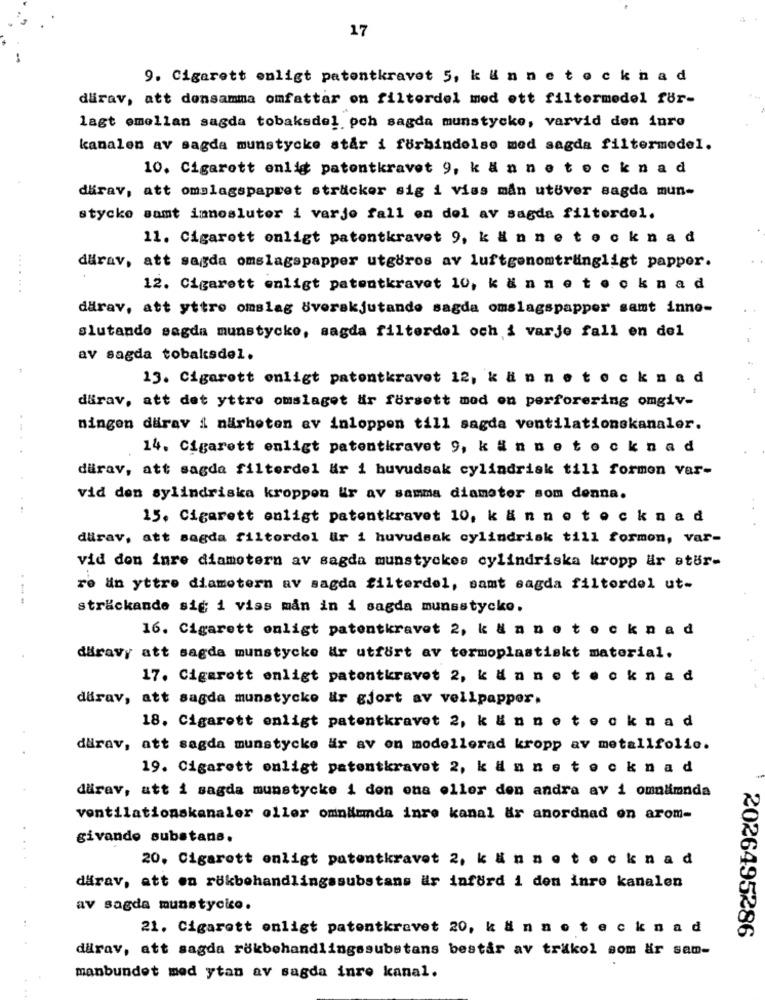
17
9. Cigarett enligt patentkravet 5, k & n neteck nad
därav, att densamma omfattar on filterdel med ett filtermedel för-
lagt emellan sagda tobaksdel och sagda munstycke, varvid den inre
kanalen av sagda munstycke står i forbindelse med sagda filtermedel.
10. Cigarett enlig patontkravet 9, kännete ck nad
därav, att omslagspapret sträcker sig i viss mån utöver sagda mun-
stycke samt immosluter i varje fall on del av sagda filterdel.
11. Cigarett onligt patentkravet 9, k & n nete ck nad
därav, att sagda omslagspapper utgöros av luftgenomträngligt papper.
.......
12. Cigarett enligt patentkravet 10, kännete ck nad
därav, att yttre omslag Sverakjutande sagda omslagspapper samt inno-
slutando sagda munstycke, sagda filterdol och i varje fall en del
av sagda tobaksdel.
13. Cigarett enligt patontkravet 12, kännete ck nad
dirav, att det yttre omslaget är försett mod on perforering omgiv-
ningen därav i närheten av inloppen till sagda ventilationskanaler.
14. Cigarett enligt patentkravet 9, kännete ck nad
dürav, att sagda filterdel är i huvudsak cylindrisk till formon var-
vid den sylindriska kroppen &r av samma diameter som denna.
15. Cigarett enligt patentkravet 10, kännete ck nad
dirav, att sagda filtordol Wir i huvudsak cylindrisk till formon, var-
vid don inre diametern av sagda munstyckes cylindriska kropp ar atur-
re an yttre diametern av sagda filterdel, samt sagda filterdel ut-
--
sträckande sig i viss mån in i sagda munsstycko.
16. Cigarett onligt patentkravet 2, k & n no teckna d
däravy att sagde munstycke är utfört av termoplastiskt material.
17. Cigarett enligt patontkravet 2, kännete ck nad
dirav, att sagda munstycke &r gjort av vellpapper.
18. Cigarett enligt patentkravet 2, kännete cknad
därav, att sagda munstycke är av on modellerad kropp av metallfolio.
19. Cigarett onligt patentkravet 2, känneteck nad
därav, att i sagda munstycke i don ona eller den andra av i omnämnda
ventilationskanaler oller omnämnda inre kanal &r anordnad en arom-
givande substana.
20. Cigarett enligt patentkravet 2, kännete ck nad
därav, att on rökbehandlingssubstans är infürd i den inre kanalen
av sagda munstycico.
21. Cigarett onligt patentkravet 20, k & n n o t e c k nad
2026495286
darav, att sagda rökbehandlingssubstans består av trikol som är sam-
manbundet med ytan av sagda inre kanal.